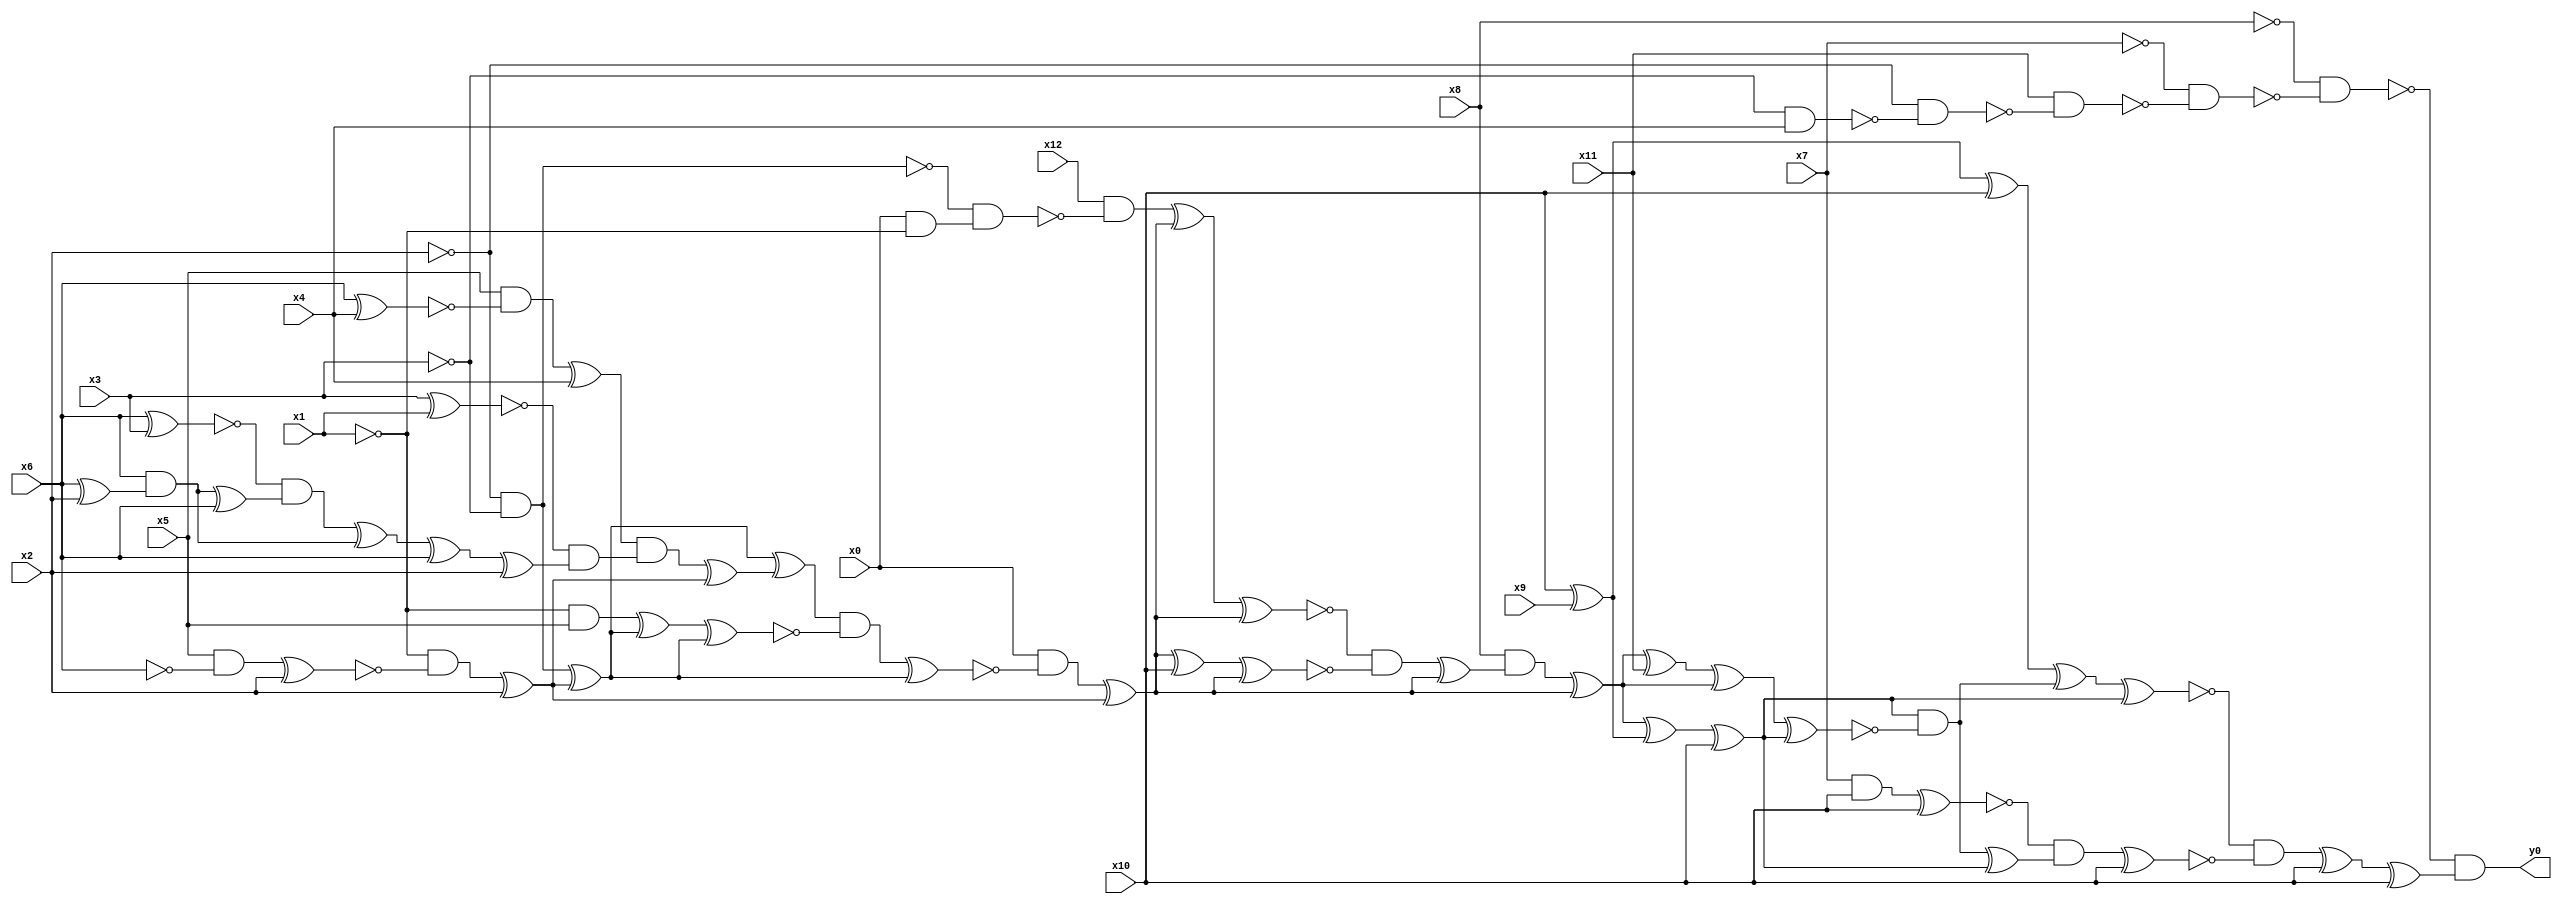
module top( x0 , x1 , x2 , x3 , x4 , x5 , x6 , x7 , x8 , x9 , x10 , x11 , x12 , y0 );
  input x0 , x1 , x2 , x3 , x4 , x5 , x6 , x7 , x8 , x9 , x10 , x11 , x12 ;
  output y0 ;
  wire n14 , n15 , n16 , n17 , n18 , n19 , n20 , n21 , n22 , n23 , n24 , n25 , n26 , n27 , n28 , n29 , n30 , n31 , n32 , n33 , n34 , n35 , n36 , n37 , n38 , n39 , n40 , n41 , n42 , n43 , n44 , n45 , n46 , n47 , n48 , n49 , n50 , n51 , n52 , n53 , n54 , n55 , n56 , n57 , n58 , n59 , n60 , n61 , n62 , n63 , n64 , n65 , n66 , n67 , n68 , n69 , n70 , n71 , n72 , n73 , n74 , n75 , n76 , n77 ;
  assign n14 = ~x3 & x4 ;
  assign n15 = ~x2 & ~n14 ;
  assign n16 = x11 & ~n15 ;
  assign n17 = ~x7 & ~n16 ;
  assign n18 = ~x8 & ~n17 ;
  assign n19 = x10 ^ x9 ;
  assign n66 = n19 ^ x10 ;
  assign n39 = ~x2 & ~x3 ;
  assign n49 = x0 & ~x1 ;
  assign n50 = ~n39 & n49 ;
  assign n51 = x12 & ~n50 ;
  assign n20 = x5 & ~x6 ;
  assign n21 = n20 ^ x2 ;
  assign n22 = ~x1 & ~n21 ;
  assign n23 = n22 ^ x2 ;
  assign n40 = n39 ^ n23 ;
  assign n24 = x6 ^ x4 ;
  assign n25 = x5 & ~n24 ;
  assign n26 = n25 ^ x4 ;
  assign n27 = x3 ^ x1 ;
  assign n28 = x6 ^ x3 ;
  assign n29 = x6 ^ x2 ;
  assign n30 = x6 & n29 ;
  assign n31 = n30 ^ x6 ;
  assign n32 = ~n28 & n31 ;
  assign n33 = n32 ^ n30 ;
  assign n34 = n33 ^ x6 ;
  assign n35 = n34 ^ x2 ;
  assign n36 = ~n27 & n35 ;
  assign n37 = n26 & n36 ;
  assign n38 = n37 ^ n23 ;
  assign n41 = n40 ^ n38 ;
  assign n42 = ~x1 & x5 ;
  assign n43 = n42 ^ n40 ;
  assign n44 = n43 ^ n40 ;
  assign n45 = n41 & ~n44 ;
  assign n46 = n45 ^ n40 ;
  assign n47 = x0 & ~n46 ;
  assign n48 = n47 ^ n23 ;
  assign n52 = n51 ^ n48 ;
  assign n53 = n52 ^ n48 ;
  assign n54 = n48 ^ x10 ;
  assign n55 = n54 ^ n48 ;
  assign n56 = ~n53 & ~n55 ;
  assign n57 = n56 ^ n48 ;
  assign n58 = x8 & n57 ;
  assign n59 = n58 ^ n48 ;
  assign n60 = n59 ^ n19 ;
  assign n61 = n60 ^ x10 ;
  assign n62 = n59 ^ x11 ;
  assign n63 = n62 ^ n59 ;
  assign n64 = n63 ^ n61 ;
  assign n65 = n61 & ~n64 ;
  assign n67 = n66 ^ n65 ;
  assign n68 = n67 ^ n61 ;
  assign n69 = x7 & x10 ;
  assign n70 = n69 ^ x10 ;
  assign n71 = n65 ^ n61 ;
  assign n72 = ~n70 & n71 ;
  assign n73 = n72 ^ x10 ;
  assign n74 = ~n68 & ~n73 ;
  assign n75 = n74 ^ x10 ;
  assign n76 = n75 ^ x10 ;
  assign n77 = ~n18 & n76 ;
  assign y0 = n77 ;
endmodule